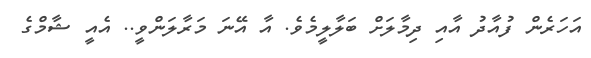
އަހަރެން ފުއާދު އާއި ދިމާލަށް ބަލާލީމެވެ. އާ އޭނަ މަރާލަންވީ.. އެއީ ޝާމްގެ